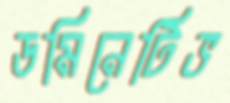
ডমিনেটিভ